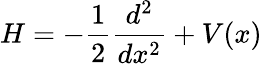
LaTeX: H=-\frac 12\frac{d^{2}}{dx^{2}}+V(x)